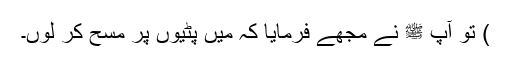
) تو آپ ﷺ نے مجھے فرمایا کہ میں پٹیوں پر مسح کر لوں۔